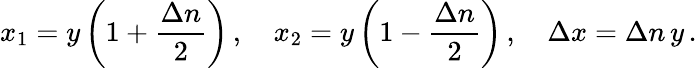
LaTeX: x_{1}=y\left(1+\frac{\Delta n}{2}\right)\, ,\quad x_{2}=y\left(1-\frac{\Delta n}{2}\right)\, ,\quad\Delta x=\Delta n\, y\, .